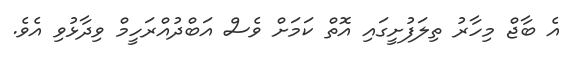
އެ ބާޖް މިހާރު ތިލަފުށީގައި އޮތް ކަމަށް ވެސް އަބްދުއްރަހީމް ވިދާޅުވި އެވެ.